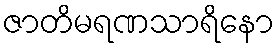
ဇာတိမရဏသာရိနော